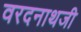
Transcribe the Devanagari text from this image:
वरदनाथजी